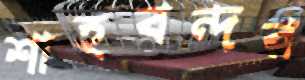
শাহবন্দর